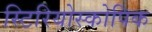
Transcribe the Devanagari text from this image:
स्टिरियोस्कोपिक